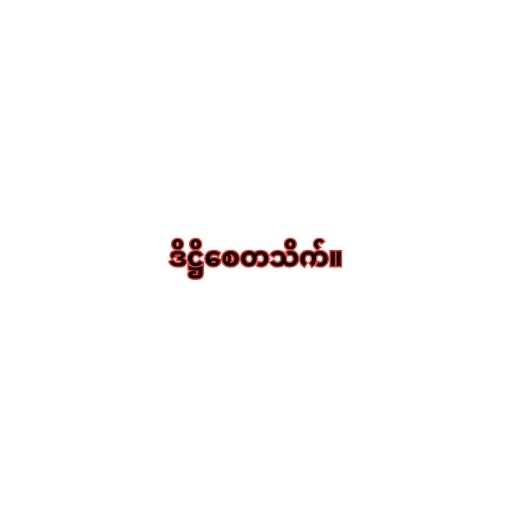
ဒိဋ္ဌိစေတသိက်။